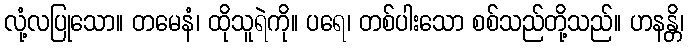
လုံ့လပြုသော။ တမေနံ၊ ထိုသူရဲကို။ ပရေ၊ တစ်ပါးသော စစ်သည်တို့သည်။ ဟနန္တိ၊